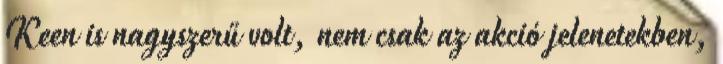
Keen is nagyszerű volt, nem csak az akció jelenetekben,